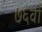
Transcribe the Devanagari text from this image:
७६वी